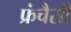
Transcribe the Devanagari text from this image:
फ्रंचैसी